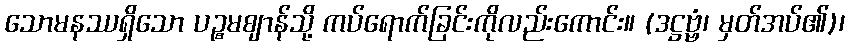
သောမနဿရှိသော ပဉ္စမဈာန်သို့ ကပ်ရောက်ခြင်းကိုလည်းကောင်း။ (ဒဋ္ဌဗ္ဗံ၊ မှတ်အပ်၏)၊